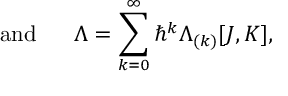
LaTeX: \mathrm { ~ ~ ~ ~ ~ a n d ~ ~ ~ ~ ~ } \Lambda = \sum _ { k = 0 } ^ { \infty } \hbar ^ { k } \Lambda _ { ( k ) } [ J , K ] ,